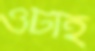
ওটাই